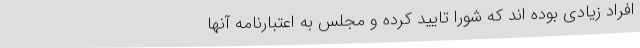
افراد زیادی بوده اند که شورا تایید کرده و مجلس به اعتبارنامه آنها